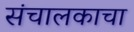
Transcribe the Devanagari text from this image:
संचालकाचा